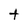
Character: t